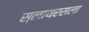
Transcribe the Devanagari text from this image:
स्लायरसला